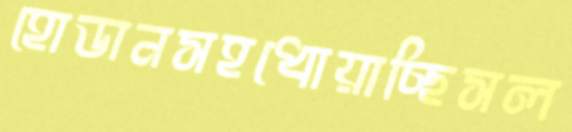
হোডানসহধোয়াচ্ছিসল